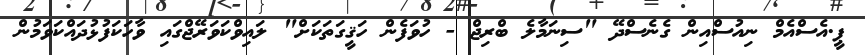
ޕީ.އެސްއެމް ނިއުސްއިން ގެނެސްދޭ "ސިނަމާލެ ބްރިޖް - ހުވަފެން ހަޤީގަތަކަށް" ލައިވްކަވަރޭޖްގައި ވާހަކަފުޅުދައްކަވަމުން